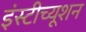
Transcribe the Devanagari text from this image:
इंस्टीच्यूशन